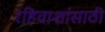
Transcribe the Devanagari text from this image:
रहिवाशांसाठी